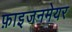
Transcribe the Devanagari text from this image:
फ़ाइजनमेयर